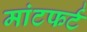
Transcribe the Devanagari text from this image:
मांटफर्ट